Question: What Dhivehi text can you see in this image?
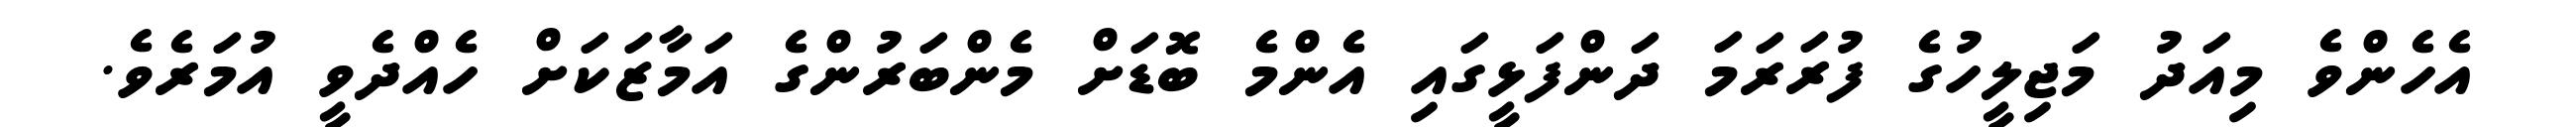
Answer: އެހެންވެ މިއަދު މަޖިލީހުގެ ފުރަރަމަ ދަންފަޅީގައި އެންމެ ބޮޑަށް މެންބަރުންގެ އަމާޒަކަށް ހެއްދެވީ އުމަރެވެ.